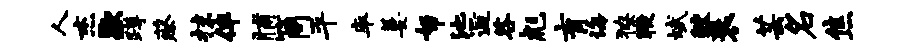
人杰歇蹲蔡抹伴脯筒平率萋帑池逅咎彪育诲獠鞭斌鲛衰芸名焦